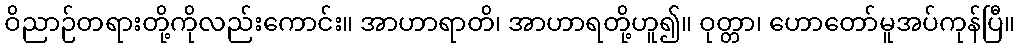
ဝိညာဉ်တရားတို့ကိုလည်းကောင်း။ အာဟာရာတိ၊ အာဟာရတို့ဟူ၍။ ဝုတ္တာ၊ ဟောတော်မူအပ်ကုန်ပြီ။